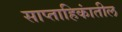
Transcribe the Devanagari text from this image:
साप्ताहिकांतील